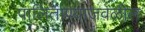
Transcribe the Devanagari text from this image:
पालिताण्याजवळील